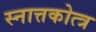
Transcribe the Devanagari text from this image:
स्नात्तकोत्त्र